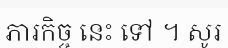
ភារកិច្ច នេះ ទៅ ។ សូរ